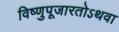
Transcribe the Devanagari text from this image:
विष्णुपूजारतोऽथवा